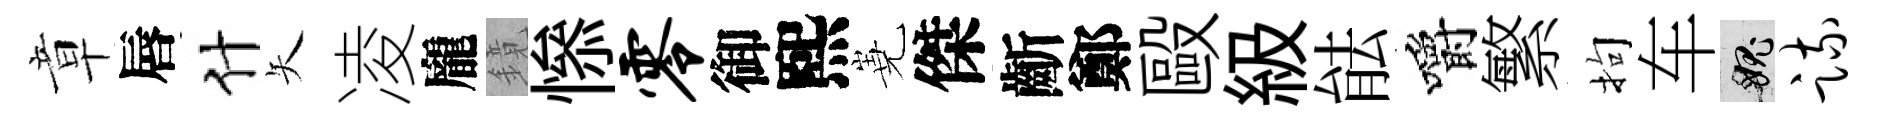
章唇什矢凌龐鏡𢡖零御熙嶤傑齗鄭毆級䏻嚼繁拘车愧疏